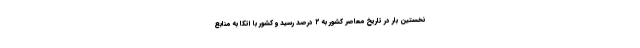
نخستین بار در تاریخ معاصر کشور به ۲ درصد رسید و کشور با اتکا به منابع